Civil Veterinary Dept. Bombay admin report 1900-1906 - 1900-1906
Year: 1900
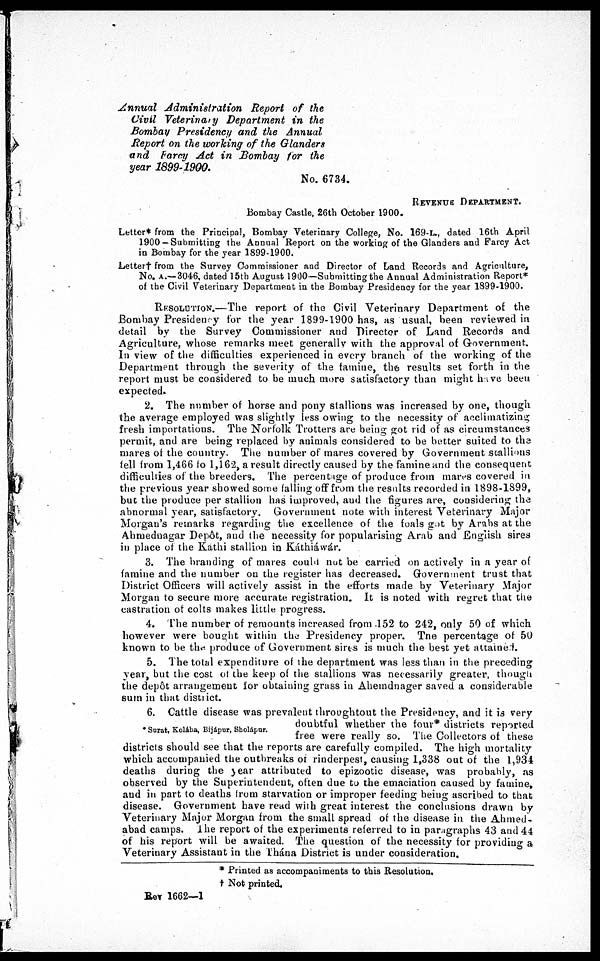
Annual Administration
Report of the
Civil Veterinary Department in the
Bombay Presidency and the Annual
Report on the working of the Glanders
and Farcy Act in Bombay for the
year 1899-1900.
No. 6734.
REVENUE DEPARTDMENT.
Bombay Castle, 26th October 1900.
Letter* from the Principal, Bombay Veterinary College, No. 169-L., dated 16th April
1900 —Submitting the Annual Report on the working of the Glanders and Farcy Act
in Bombay for the year 1899-1900.
Letter† from the Survey Commissioner and Director of Land Records and Agriculture,
No. A.—3046, dated 15th August 1900—Submitting the Annual Administration Report*
of the Civil Veterinary Department in the Bombay Presidency for the year 1899-1900.
RESOLUTION.—The report of the Civil Veterinary Department of the
Bombay Presidency for the year 1899-1900 has, as usual, been reviewed in
detail by the Survey Commissioner and Director of Land Records and
Agriculture, whose remarks meet generally with the approval of Government.
In view of the difficulties experienced in every branch of the working of the
Department through the severity of the famine, the results set forth in the
report must be considered to be much more satisfactory than might have been
expected.
2. The number of horse and pony stallions was increased by one, though
the average employed was slightly less owing to the necessity of acclimatizing
fresh importations. The Norfolk Trotters are being got rid of as circumstances
permit, and are being replaced by animals considered to be better suited to the
mares of the country. The number of mares covered by Government stallions
fell from 1,466 to 1,162, a result directly caused by the famine and the consequent
difficulties of the breeders. The percentage of produce from mares covered in
the previous year showed some falling off from the results recorded in 1898-1899,
but the produce per stallion has improved, and the figures are, considering the
abnormal year, satisfactory. Government note with interest Veterinary Major
Morgan's remarks regarding the excellence of the foals got by Arabs at the
Ahmednagar Depôt, and the necessity for popularising Arab and English sires
in place of the Kathi stallion in Káthiáwár.
3. The branding of mares could not be carried on actively in a year of
famine and the number on the register has decreased. Government trust that
District Officers will actively assist in the efforts made by Veterinary Major
Morgan to secure more accurate registration. It is noted with regret that the
castration of colts makes little progress.
4. The number of remounts increased from .152 to 242, only 50 of which
however were bought within the Presidency proper. The percentage of 50
known to be the produce of Government sires is much the best yet attained.
5. The total expenditure of the department was less than in the preceding
year, but the cost of the keep of the stallions was necessarily greater, though
the depôt arrangement for obtaining grass in Ahemdnager saved a considerable
sum in that district.
* Surat, Kolába, Bijápur, Sholápur.
6. Cattle disease was prevalent throughtout the Presidency, and it is very
doubtful whether the four* districts reported
free were really so. The Collectors of these
districts should see that the reports are carefully compiled. The high mortality
which accompanied the outbreaks of rinderpest, causing 1,338 out of the 1,934
deaths during the year attributed to epizootic disease, was probably, as
observed by the Superintendent, often due to the emaciation caused by famine,
and in part to deaths from starvation or improper feeding being ascribed to that
disease. Government have read with great interest the conclusions drawn by
Veterinary Major Morgan from the small spread of the disease in the Ahmed-
abad camps. The report of the experiments referred to in paragraphs 43 and 44
of his report will be awaited. The question of the necessity for providing a
Veterinary Assistant in the Thána District is under consideration.
* Printed as accompaniments to this Resolution,
† Not printed.
Rev 1662—1